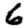
Digit: 6